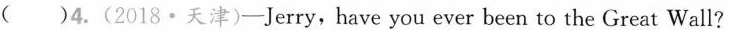
( )4.(2018·天津)——Jerry,have you ever been to the Great Wall?